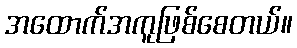
အထောက်အကူဖြစ်စေတယ်။